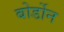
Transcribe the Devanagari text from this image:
बोर्डोन